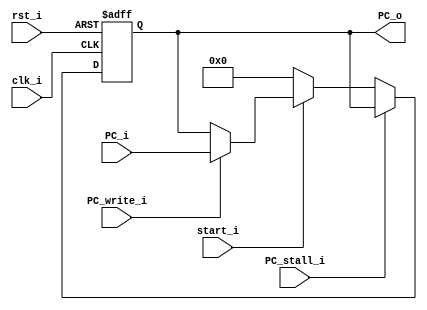
module PC
(
	clk_i,
	rst_i,
	start_i,
	PC_write_i,
	PC_stall_i,
	PC_i,
	PC_o
);

// Interface.
input            clk_i;
input            rst_i;
input            start_i;
input            PC_write_i;
input            PC_stall_i;
input   [31 : 0] PC_i;
output  [31 : 0] PC_o;

// Signals.
reg [31 : 0] PC_o;

always @(posedge clk_i or negedge rst_i)
begin
	if (~rst_i)
	begin
		PC_o <= 32'b0;
	end
	else
	begin
		if (PC_stall_i)
		begin
			// Do nothing.
		end
		else if (start_i)
		begin
			if (PC_write_i)
			begin
				PC_o <= PC_i;
			end
		end
		else
		begin
			PC_o <= 32'b0;
		end
	end
end

endmodule